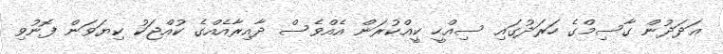
ޢަދަދުން ގާސިމްގެ ހަރަދުގައި ސިއްހީ ކީއްކުރަން އެއްވެސް ދާއިރާއެއްގެ ކުއްޖަކު ކިޔަވަން ފޮނުވި